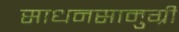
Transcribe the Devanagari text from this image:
साधनसामुग्री